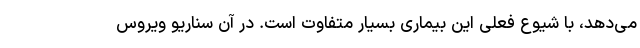
می‌دهد، با شیوع فعلی این بیماری بسیار متفاوت است. در آن سناریو ویروس